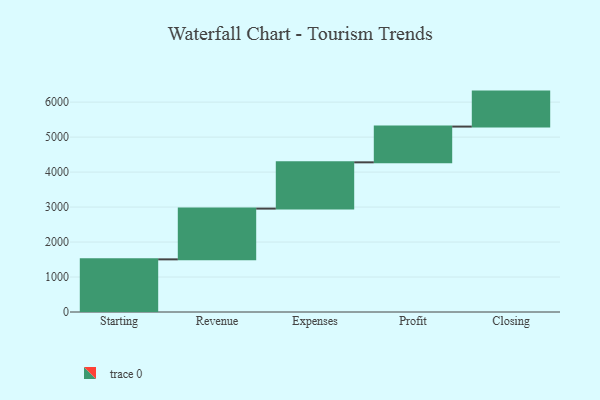
{"axis": {"x": "Step", "y": "Value"}, "legend": [""], "data": [{"x": "Starting", "y": 1505.0, "type": ""}, {"x": "Revenue", "y": 1451.0, "type": ""}, {"x": "Expenses", "y": 1323.0, "type": ""}, {"x": "Profit", "y": 1022.0, "type": ""}, {"x": "Closing", "y": 1000, "type": ""}]}